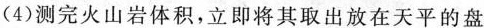
(4)测完火山岩体积，立即将其取出放在天平的盘